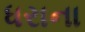
ધરાના